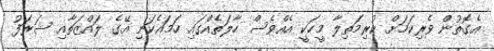
އެގޮތުން ވެރިކަމަށް ކުރިމަތިލާ މީހަކީ އެއްވެސް ހާލަތެއްގައި ހަމައެކަނި އޭގެ ލައްޒަތާއި ޝަރަފު